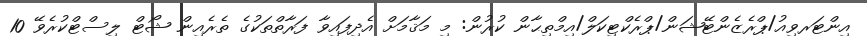
އިންޓަރވިއު/ޕްރެޒެންޓޭޝަން/ޕްރެކްޓިކަލް/އިމްތިޙާން ކުރުން: މި މަޤާމަށް އެދިފައިވާ ފަރާތްތަކުގެ ތެރެއިން ޝޯޓް ލިސްޓްކުރެވޭ 10